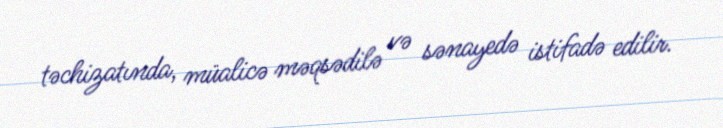
təchizatında, müalicə məqsədilə və sənayedə istifadə edilir.